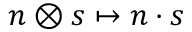
n \otimes s \mapsto n \cdot s